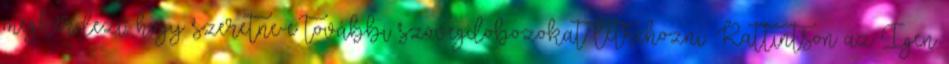
megkérdezi, hogy szeretne-e további szövegdobozokat létrehozni. Kattintson az Igen